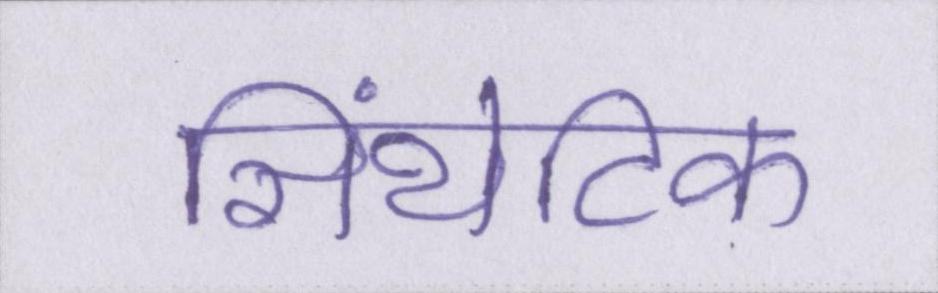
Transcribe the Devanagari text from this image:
सिंथेटिक